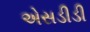
એસડીડી